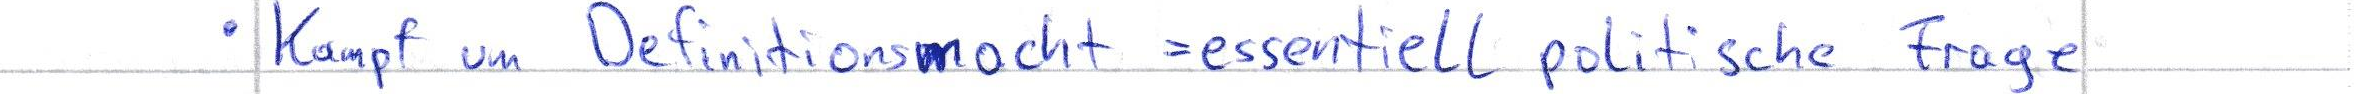
Kampf um Definitionsmacht = essentiell politische Frage